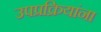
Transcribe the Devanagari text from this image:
उपप्रक्रियांना